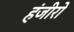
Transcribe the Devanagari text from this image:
हंजीरो